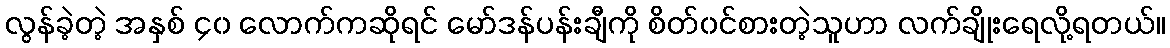
လွန်ခဲ့တဲ့ အနှစ် ၄၀ လောက်ကဆိုရင် မော်ဒန်ပန်းချီကို စိတ်၀င်စားတဲ့သူဟာ လက်ချိုးရေလို့ရတယ်။